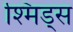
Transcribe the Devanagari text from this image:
श्मिड्स